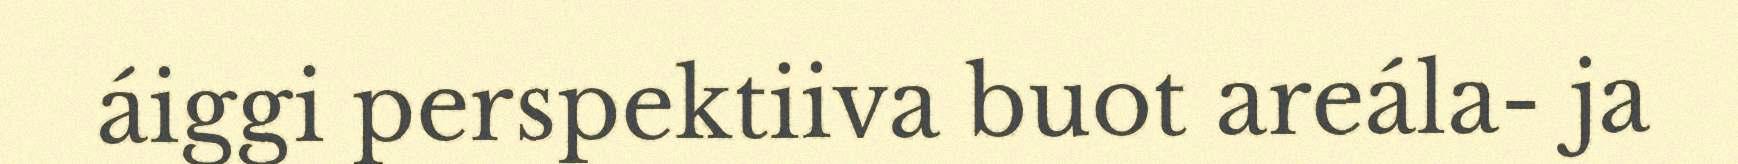
áiggi perspektiiva buot areála- ja